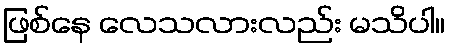
ဖြစ်နေ လေသလားလည်း မသိပါ။